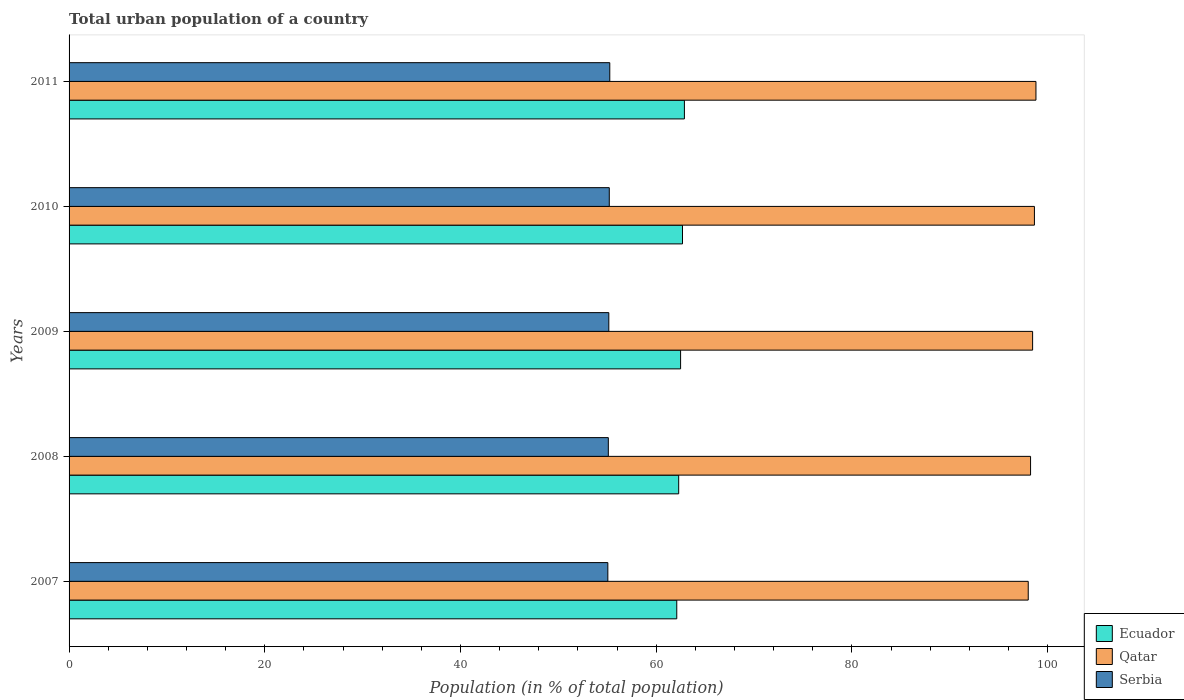
| Years | Ecuador | Qatar | Serbia |
 | --- | --- | --- | --- |
 | 2007 | 62.1 | 98 | 55.1 |
 | 2008 | 62.3 | 98.3 | 55.1 |
 | 2009 | 62.5 | 98.5 | 55.2 |
 | 2010 | 62.7 | 98.7 | 55.2 |
 | 2011 | 62.9 | 98.8 | 55.3 |